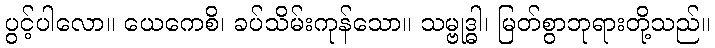
ပွင့်ပါလော။ ယေကေစိ၊ ခပ်သိမ်းကုန်သော။ သမ္ဗုဒ္ဓါ၊ မြတ်စွာဘုရားတို့သည်။